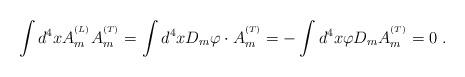
LaTeX: \begin{align*}\int d^4x A_m^{^{(L)}}A_m^{^{(T)}}= \int d^4x D_m\varphi\cdot A_m^{^{(T)}}= -\int d^4x\varphi D_mA_m^{^{(T)}}= 0 ~.\end{align*}